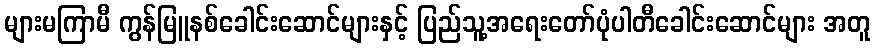
များမကြာမီ ကွန်မြူနစ်ခေါင်းဆောင်များနှင့် ပြည်သူ့အရေးတော်ပုံပါတီခေါင်းဆောင်များ အတူ